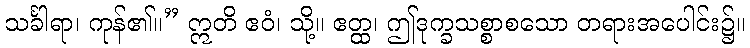
သင်္ခါရာ၊ ကုန်၏။” ဣတိ ဧဝံ၊ သို့။ ဧတ္ထ၊ ဤဒုက္ခသစ္စာစသော တရားအပေါင်း၌။